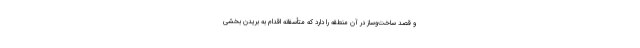
و قصد ساخت‌وساز در آن منطقه را دارد که متأسفانه اقدام به بریدن بخشی